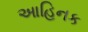
આહિનક